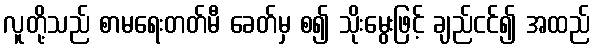
လူတို့သည် စာမရေးတတ်မီ ခေတ်မှ စ၍ သိုးမွေးဖြင့် ချည်ငင်၍ အထည်